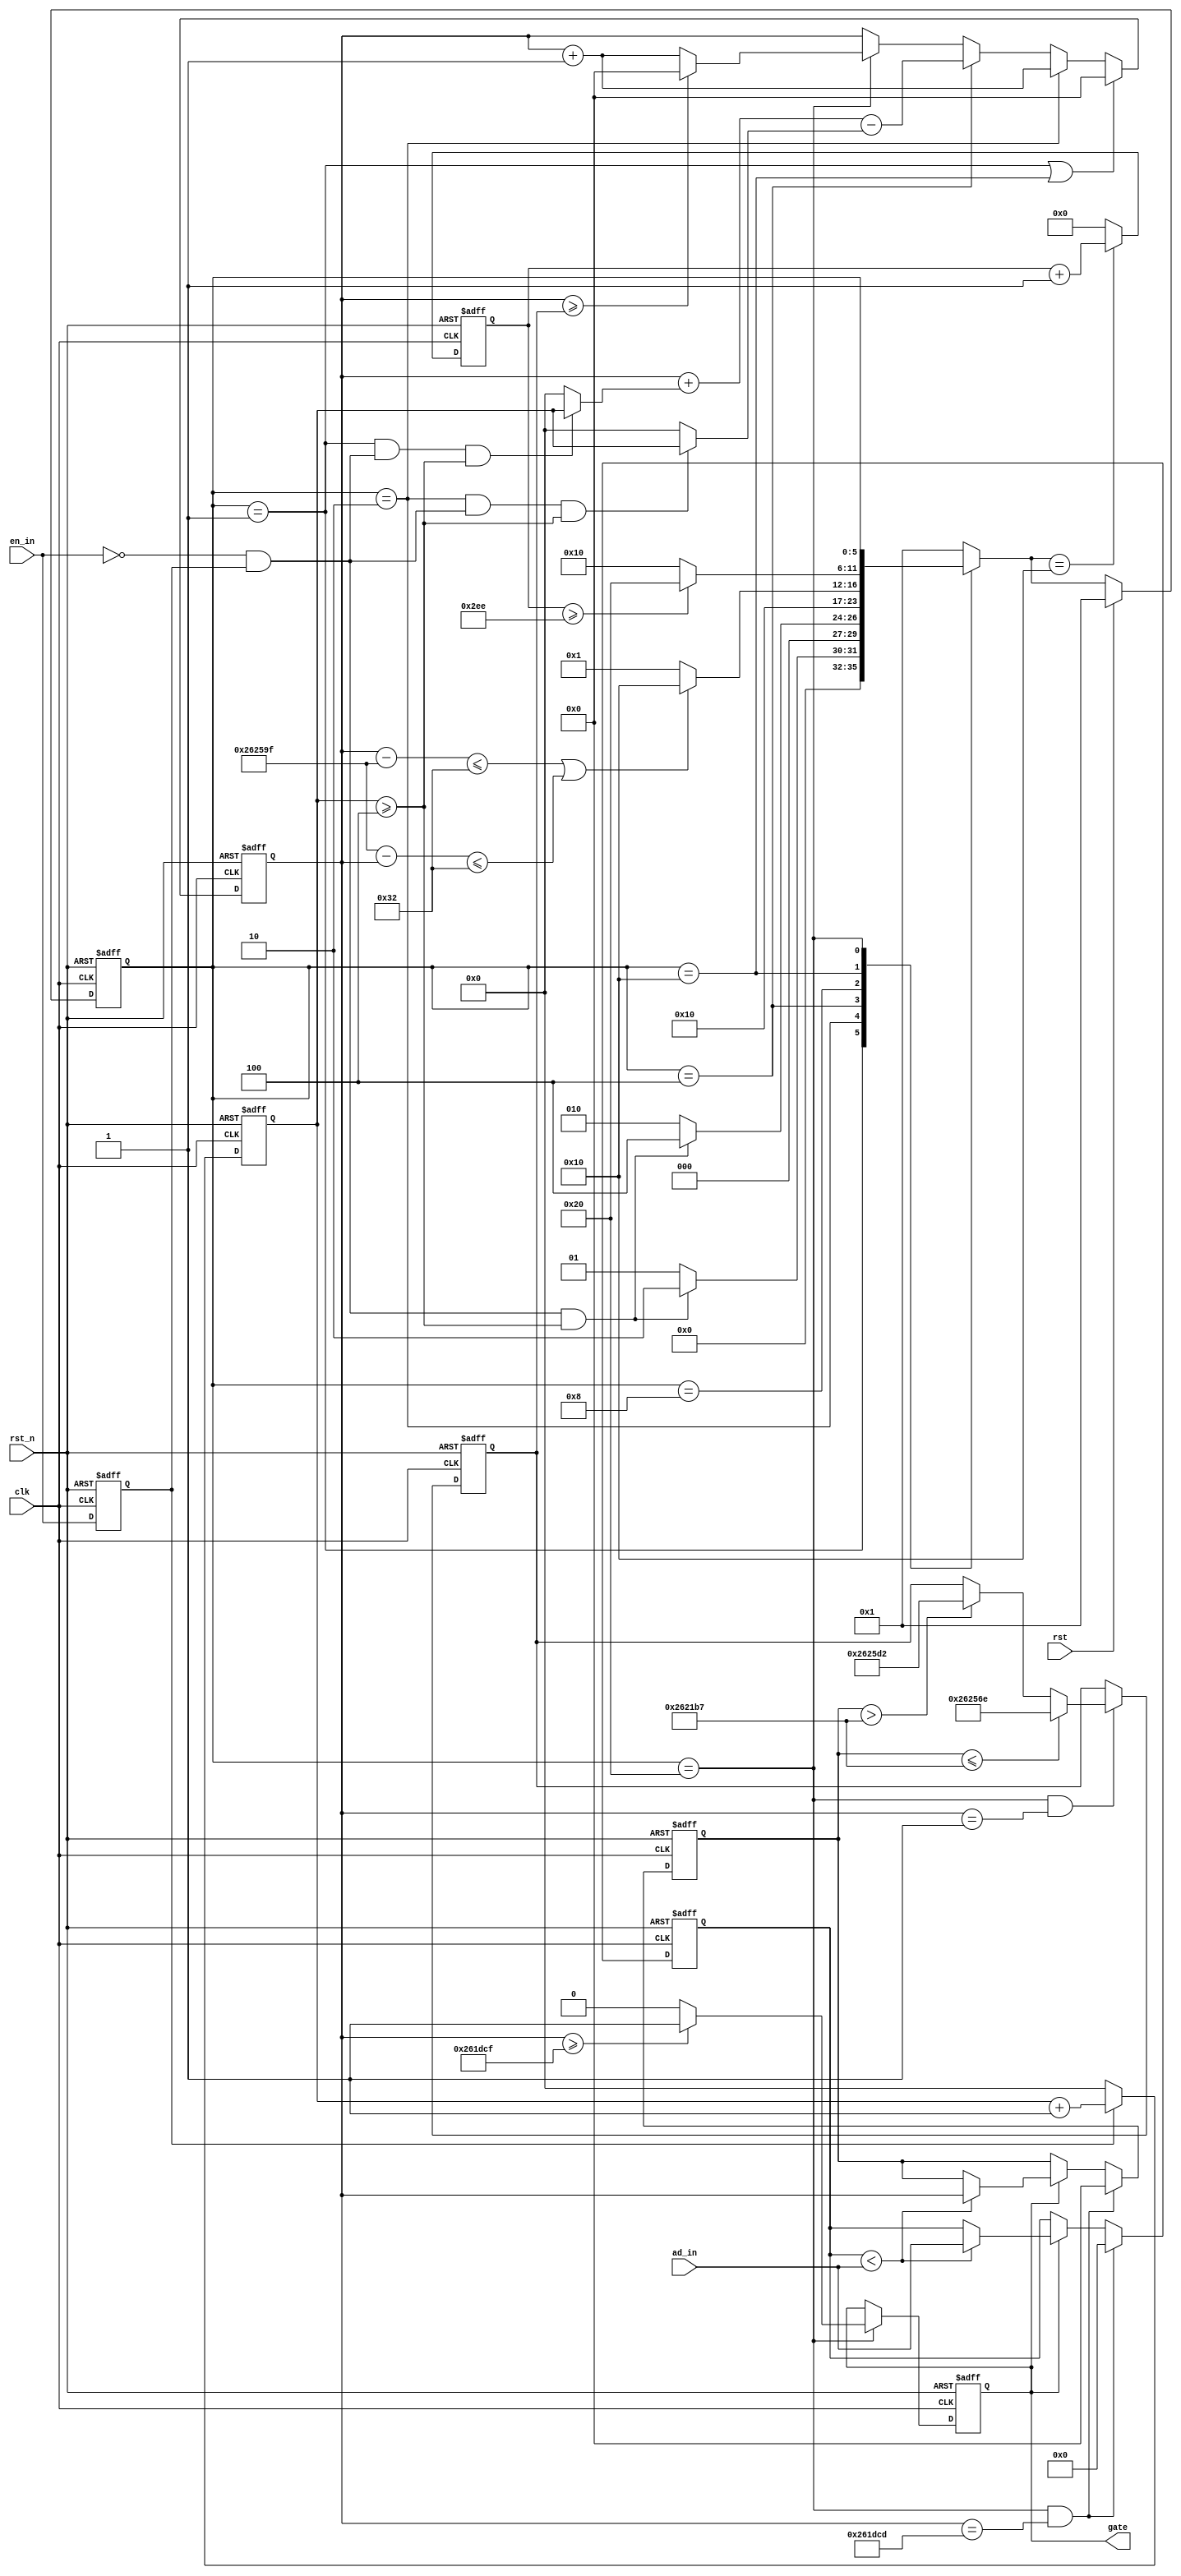
module detection (clk,rst_n,ad_in,en_in,rst,gate) ;

input clk,rst_n,en_in,rst;
input [11:0] ad_in;
output reg gate; //en

reg [11:0] max ;
reg [23:0] cnt ,cnt_1;
reg [7:0] count ;
reg [9:0] cnt_a ;
wire [7:0] c_a,c_b ;
reg  [23:0] max_a ;
//reg rst_2;

localparam idle = 6'b00_001 ;
localparam fir = 6'b00_010 ;
localparam sec = 6'b00_100 ;
localparam thi = 6'b01_000 ;
localparam fou = 6'b10_000 ;
localparam fiv = 6'b100_000 ;
//localparam six = 7'b1_000_000 ;

parameter maikuan = 8'd4 ;
parameter zhouqi = 24'd2_499_999 ; 
parameter yanchi = 10'd750 ;

reg [5:0] n_state,state ;
reg en_a ;
wire en_b ; 

always @(posedge clk or negedge rst_n)
begin
	if(!rst_n)
		en_a <= 1'b0 ;
	else
		en_a <= en_in ;
end
assign en_b = (!en_in) && en_a ;  //

always@(posedge clk or negedge rst_n) //
begin
	if(!rst_n )
		state <= idle;
	else if(rst)
//	else if(rst || rst_2)
		state <= idle ;
	else
		state <= n_state;
end

always @(*)
begin
	case (state)
		idle : n_state = (en_b && count >= maikuan) ? fir : idle ; //
		fir : n_state = (en_b && count >= maikuan) ? sec : fir  ; //
		sec : n_state = thi ; //
		thi : n_state = (cnt -zhouqi <= 24'd50 || zhouqi-cnt <= 24'd50) ? fou : idle ;//
		fou : n_state = (cnt_a >= yanchi) ? fiv : fou ; //
		fiv : n_state = state ; //
		default : n_state = idle ;
	endcase
end

always @(posedge clk or negedge rst_n) //
begin
	if (!rst_n)
		count <= 8'd0 ;
	else if (en_a)
		count <= count + 8'd1 ;
	else
		count <= 8'd0 ;
end

assign c_a = (state == idle && en_b && count >= maikuan) ? count : 8'd0; //
assign c_b = (state == fir && en_b && count >= maikuan) ? count : 8'd0; //

always @(posedge clk or negedge rst_n)
begin
	if (!rst_n)
		cnt <= 24'd0 ;
	else if (state == idle || state == fou)
		cnt <= 24'd0 ;
	else if (state == fir)
		cnt <= cnt + 24'd1 ; 
	else if (state == sec)
		cnt <= cnt + c_a - c_b ;  //
	else if (state == fiv) begin
		if (cnt >= max_a ) //
			cnt <= 24'd0 ;
		else 
			cnt <= cnt +24'd1 ;
	end	
end

always @(posedge clk or negedge rst_n) //
begin
	if (!rst_n)
		gate <= 1'b0 ;
	else if (state == fiv) begin 
		if (cnt >= (zhouqi - 24'd2000))
			gate <= 1'b1 ;
		else 
			gate <= 1'b0 ;//en
	end
end
/*
reg gate_1;
wire gate_down;
always @(posedge clk or negedge rst_n) 
begin
	if (!rst_n)
		gate_1 <= 1'b0;
	else
		gate_1 <= gate;
end	
assign gate_down = (~gate) && gate_1 ;
*/

always @(posedge clk or negedge rst_n) 
begin
	if (!rst_n)
		cnt_a <= 10'd0;
	else if (n_state == fou) 
		cnt_a <= cnt_a + 10'd1;
	else
		cnt_a <= 10'd0 ;
end

always @(posedge clk or negedge rst_n)
begin
	if (!rst_n) begin
		max_a <= zhouqi ;
	end
	else if (state == fiv && cnt == 24'd1) begin
		if (cnt_1 <= zhouqi - 24'd1000)  //
			max_a <= 24'd2499_950;
	//	else if (cnt_1 > 24'd2499_999 - 24'd750 ) 
	//		max_a <= 24'd2499_999  ;
		else if (cnt_1 > zhouqi -24'd1000) //
			max_a <= 24'd2500_050 ;
	end	
end

always @(posedge clk or negedge rst_n)
begin
	if (!rst_n) begin
		cnt_1 <= 24'd0 ;
		max <= 12'd0 ;
	end
	else if (state == fiv && cnt==(zhouqi - 24'd2002)) begin //
		cnt_1 <= 24'd0 ;
		max <= 12'd0 ;
	end
	else if (gate) begin  // en
		if (max < ad_in) begin
			cnt_1 <= cnt ;
			max <= ad_in ;	
		end
	end	
end
/*
always @(posedge clk or negedge rst_n)
begin
	if (!rst_n) 
		rst_2 <= 1'b0;
	else if (gate_down) begin
		if(max < 24'd150)
			rst_2 <= 1'b1;
	end
	else 
		rst_2 <= 1'b0;
end
*/
endmodule